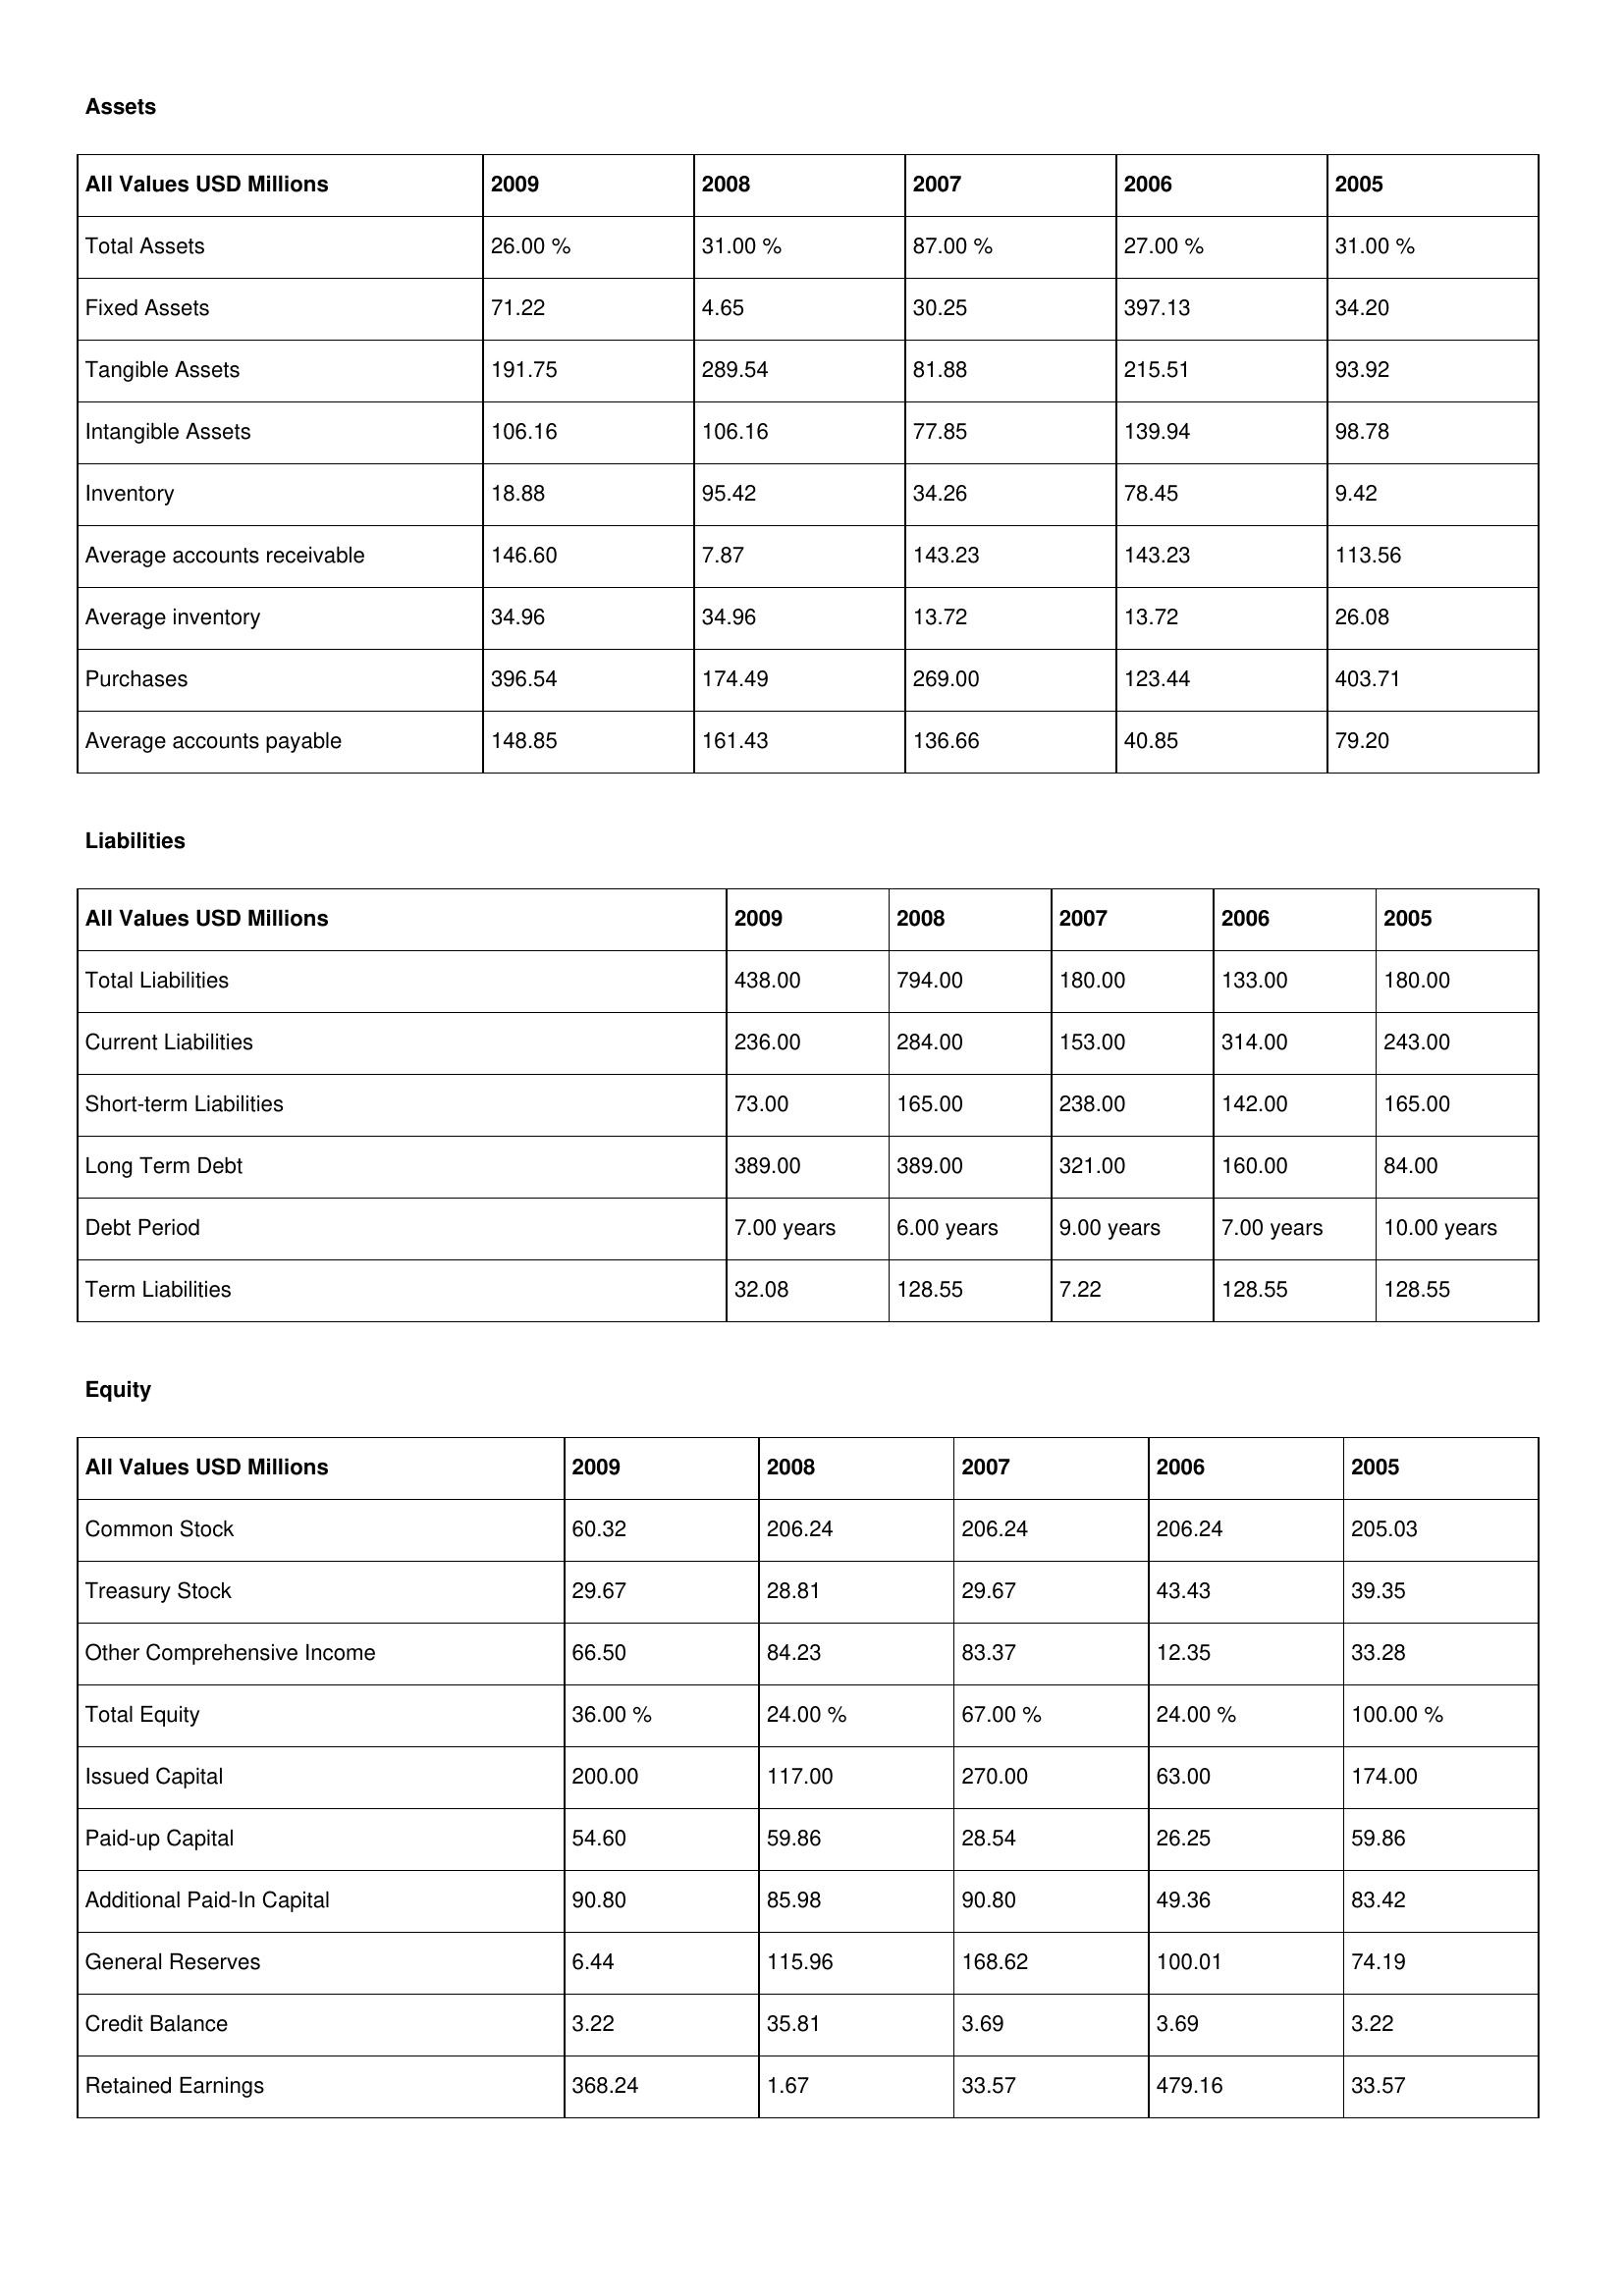
gt_parse: 2009: Assets: Total Assets: 26.00 %
Fixed Assets: 71.22
Tangible Assets: 191.75
Intangible Assets: 106.16
Inventory: 18.88
Average accounts receivable: 146.60
Average inventory: 34.96
Purchases: 396.54
Average accounts payable: 148.85
Liabilities: Total Liabilities: 438.00
Current Liabilities: 236.00
Short-term Liabilities: 73.00
Long Term Debt: 389.00
Debt Period: 7.00 years
Term Liabilities: 32.08
Equity: Common Stock: 60.32
Treasury Stock: 29.67
Other Comprehensive Income: 66.50
Total Equity: 36.00 %
Issued Capital: 200.00
Paid-up Capital: 54.60
Additional Paid-In Capital: 90.80
General Reserves: 6.44
Credit Balance: 3.22
Retained Earnings: 368.24
2008: Assets: Total Assets: 31.00 %
Fixed Assets: 4.65
Tangible Assets: 289.54
Intangible Assets: 106.16
Inventory: 95.42
Average accounts receivable: 7.87
Average inventory: 34.96
Purchases: 174.49
Average accounts payable: 161.43
Liabilities: Total Liabilities: 794.00
Current Liabilities: 284.00
Short-term Liabilities: 165.00
Long Term Debt: 389.00
Debt Period: 6.00 years
Term Liabilities: 128.55
Equity: Common Stock: 206.24
Treasury Stock: 28.81
Other Comprehensive Income: 84.23
Total Equity: 24.00 %
Issued Capital: 117.00
Paid-up Capital: 59.86
Additional Paid-In Capital: 85.98
General Reserves: 115.96
Credit Balance: 35.81
Retained Earnings: 1.67
2007: Assets: Total Assets: 87.00 %
Fixed Assets: 30.25
Tangible Assets: 81.88
Intangible Assets: 77.85
Inventory: 34.26
Average accounts receivable: 143.23
Average inventory: 13.72
Purchases: 269.00
Average accounts payable: 136.66
Liabilities: Total Liabilities: 180.00
Current Liabilities: 153.00
Short-term Liabilities: 238.00
Long Term Debt: 321.00
Debt Period: 9.00 years
Term Liabilities: 7.22
Equity: Common Stock: 206.24
Treasury Stock: 29.67
Other Comprehensive Income: 83.37
Total Equity: 67.00 %
Issued Capital: 270.00
Paid-up Capital: 28.54
Additional Paid-In Capital: 90.80
General Reserves: 168.62
Credit Balance: 3.69
Retained Earnings: 33.57
2006: Assets: Total Assets: 27.00 %
Fixed Assets: 397.13
Tangible Assets: 215.51
Intangible Assets: 139.94
Inventory: 78.45
Average accounts receivable: 143.23
Average inventory: 13.72
Purchases: 123.44
Average accounts payable: 40.85
Liabilities: Total Liabilities: 133.00
Current Liabilities: 314.00
Short-term Liabilities: 142.00
Long Term Debt: 160.00
Debt Period: 7.00 years
Term Liabilities: 128.55
Equity: Common Stock: 206.24
Treasury Stock: 43.43
Other Comprehensive Income: 12.35
Total Equity: 24.00 %
Issued Capital: 63.00
Paid-up Capital: 26.25
Additional Paid-In Capital: 49.36
General Reserves: 100.01
Credit Balance: 3.69
Retained Earnings: 479.16
2005: Assets: Total Assets: 31.00 %
Fixed Assets: 34.20
Tangible Assets: 93.92
Intangible Assets: 98.78
Inventory: 9.42
Average accounts receivable: 113.56
Average inventory: 26.08
Purchases: 403.71
Average accounts payable: 79.20
Liabilities: Total Liabilities: 180.00
Current Liabilities: 243.00
Short-term Liabilities: 165.00
Long Term Debt: 84.00
Debt Period: 10.00 years
Term Liabilities: 128.55
Equity: Common Stock: 205.03
Treasury Stock: 39.35
Other Comprehensive Income: 33.28
Total Equity: 100.00 %
Issued Capital: 174.00
Paid-up Capital: 59.86
Additional Paid-In Capital: 83.42
General Reserves: 74.19
Credit Balance: 3.22
Retained Earnings: 33.57